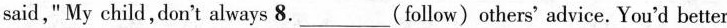
said," My child,don't always 8.___(Follow) others' advice. You'd better